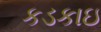
કડકાઇ